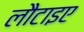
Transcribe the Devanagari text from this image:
लौटाइए